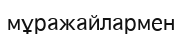
мұражайлармен